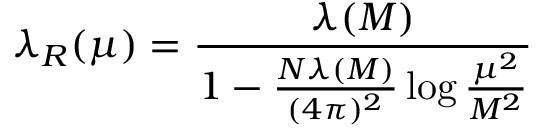
\lambda _ { R } ( \mu ) = \frac { \lambda ( M ) } { 1 - \frac { N \lambda ( M ) } { ( 4 \pi ) ^ { 2 } } \log \frac { \mu ^ { 2 } } { M ^ { 2 } } }